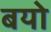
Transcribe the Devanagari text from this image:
बयो